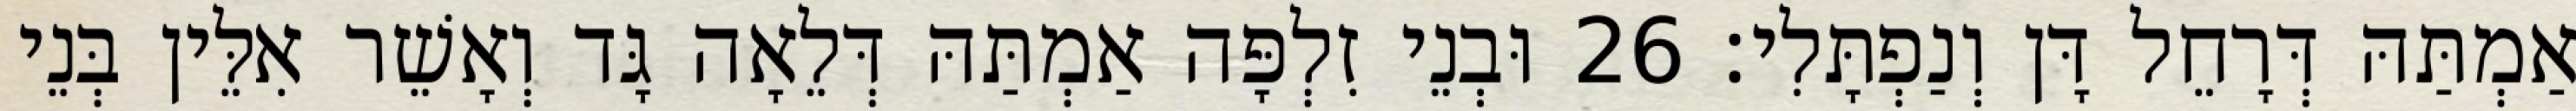
אַמְתַּהּ דְּרָחֵל דָּן וְנַפְתָּלִי׃ 26 וּבְנֵי זִלְפָּה אַמְתַּהּ דְּלֵאָה גָּד וְאָשֵׁר אִלֵּין בְּנֵי